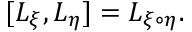
[ { \cal L } _ { \xi } , { \cal L } _ { \eta } ] = { \cal L } _ { \xi \circ \eta } .